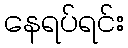
နေရပ်ရင်း